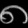
Digit: ၈